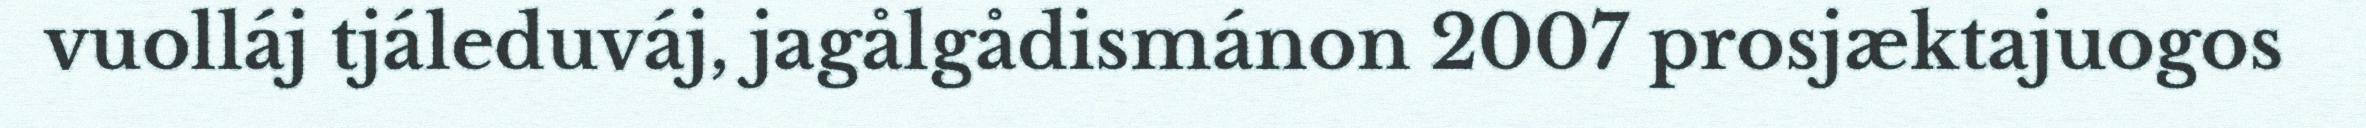
vuolláj tjáleduváj, jagålgådismánon 2007 prosjæktajuogos